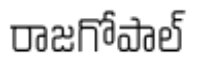
రాజగోపాల్